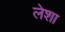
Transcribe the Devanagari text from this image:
लेशा